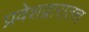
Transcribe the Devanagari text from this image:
प्रवेशद्वारातच